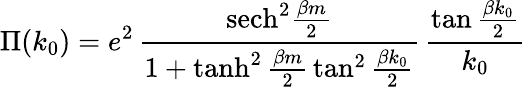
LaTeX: \Pi(k_{0})=e^{2}\, {\frac{\mathrm{sech}^{2}{\frac{\beta m}{2}}}{1+\operatorname{tanh}^{2}{\frac{\beta m}{2}}\tan^{2}{\frac{\beta k_{0}}{2}}}}\, {\frac{\tan{\frac{\beta k_{0}}{2}}}{k_{0}}}